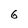
Character: 6